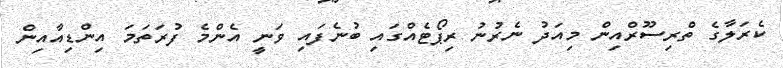
ކެރަލާގެ ތްރިސޫރްއިން މިއަދު ނެރުނު ރިޕޯޓެއްގައި ބުނެފައި ވަނީ އެންމެ ފުރަތަމަ އިންޑިއާއިން